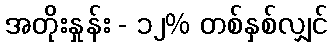
အတိုးနှုန်း - ၁၂% တစ်နှစ်လျှင်